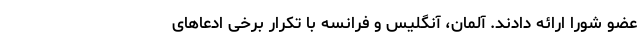
عضو شورا ارائه دادند. آلمان، آنگلیس و فرانسه با تکرار برخی ادعاهای